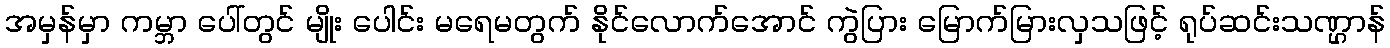
အမှန်မှာ ကမ္ဘာ ပေါ်တွင် မျိုး ပေါင်း မရေမတွက် နိုင်လောက်အောင် ကွဲပြား မြောက်မြားလှသဖြင့် ရုပ်ဆင်းသဏ္ဌာန်